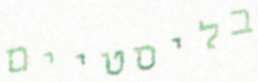
בליסטיים